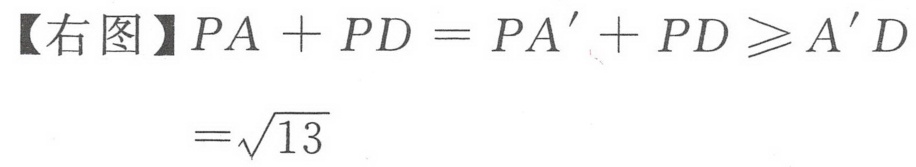
【右图】\(PA + PD = PA'+ PD\geqslant A'D\)
\(=\sqrt{13}\)